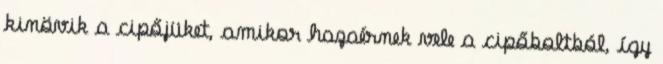
kinövik a cipőjüket, amikor hazaérnek vele a cipőboltból, így